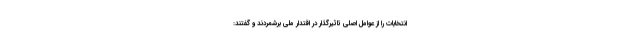
انتخابات را از عوامل اصلی تاثیرگذار در اقتدار ملی برشمردند و گفتند: